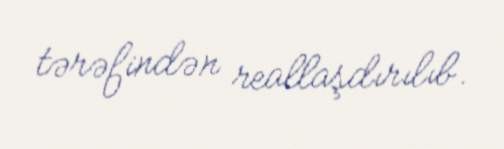
tərəfindən reallaşdırılıb.